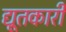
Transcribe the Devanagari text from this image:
द्यूतकारी